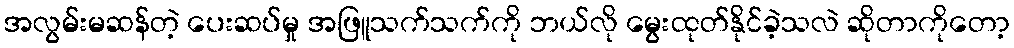
အလွမ်းမဆန်တဲ့ ပေးဆပ်မှု အဖြူသက်သက်ကို ဘယ်လို မွေးထုတ်နိုင်ခဲ့သလဲ ဆိုတာကိုတော့